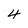
Character: 4